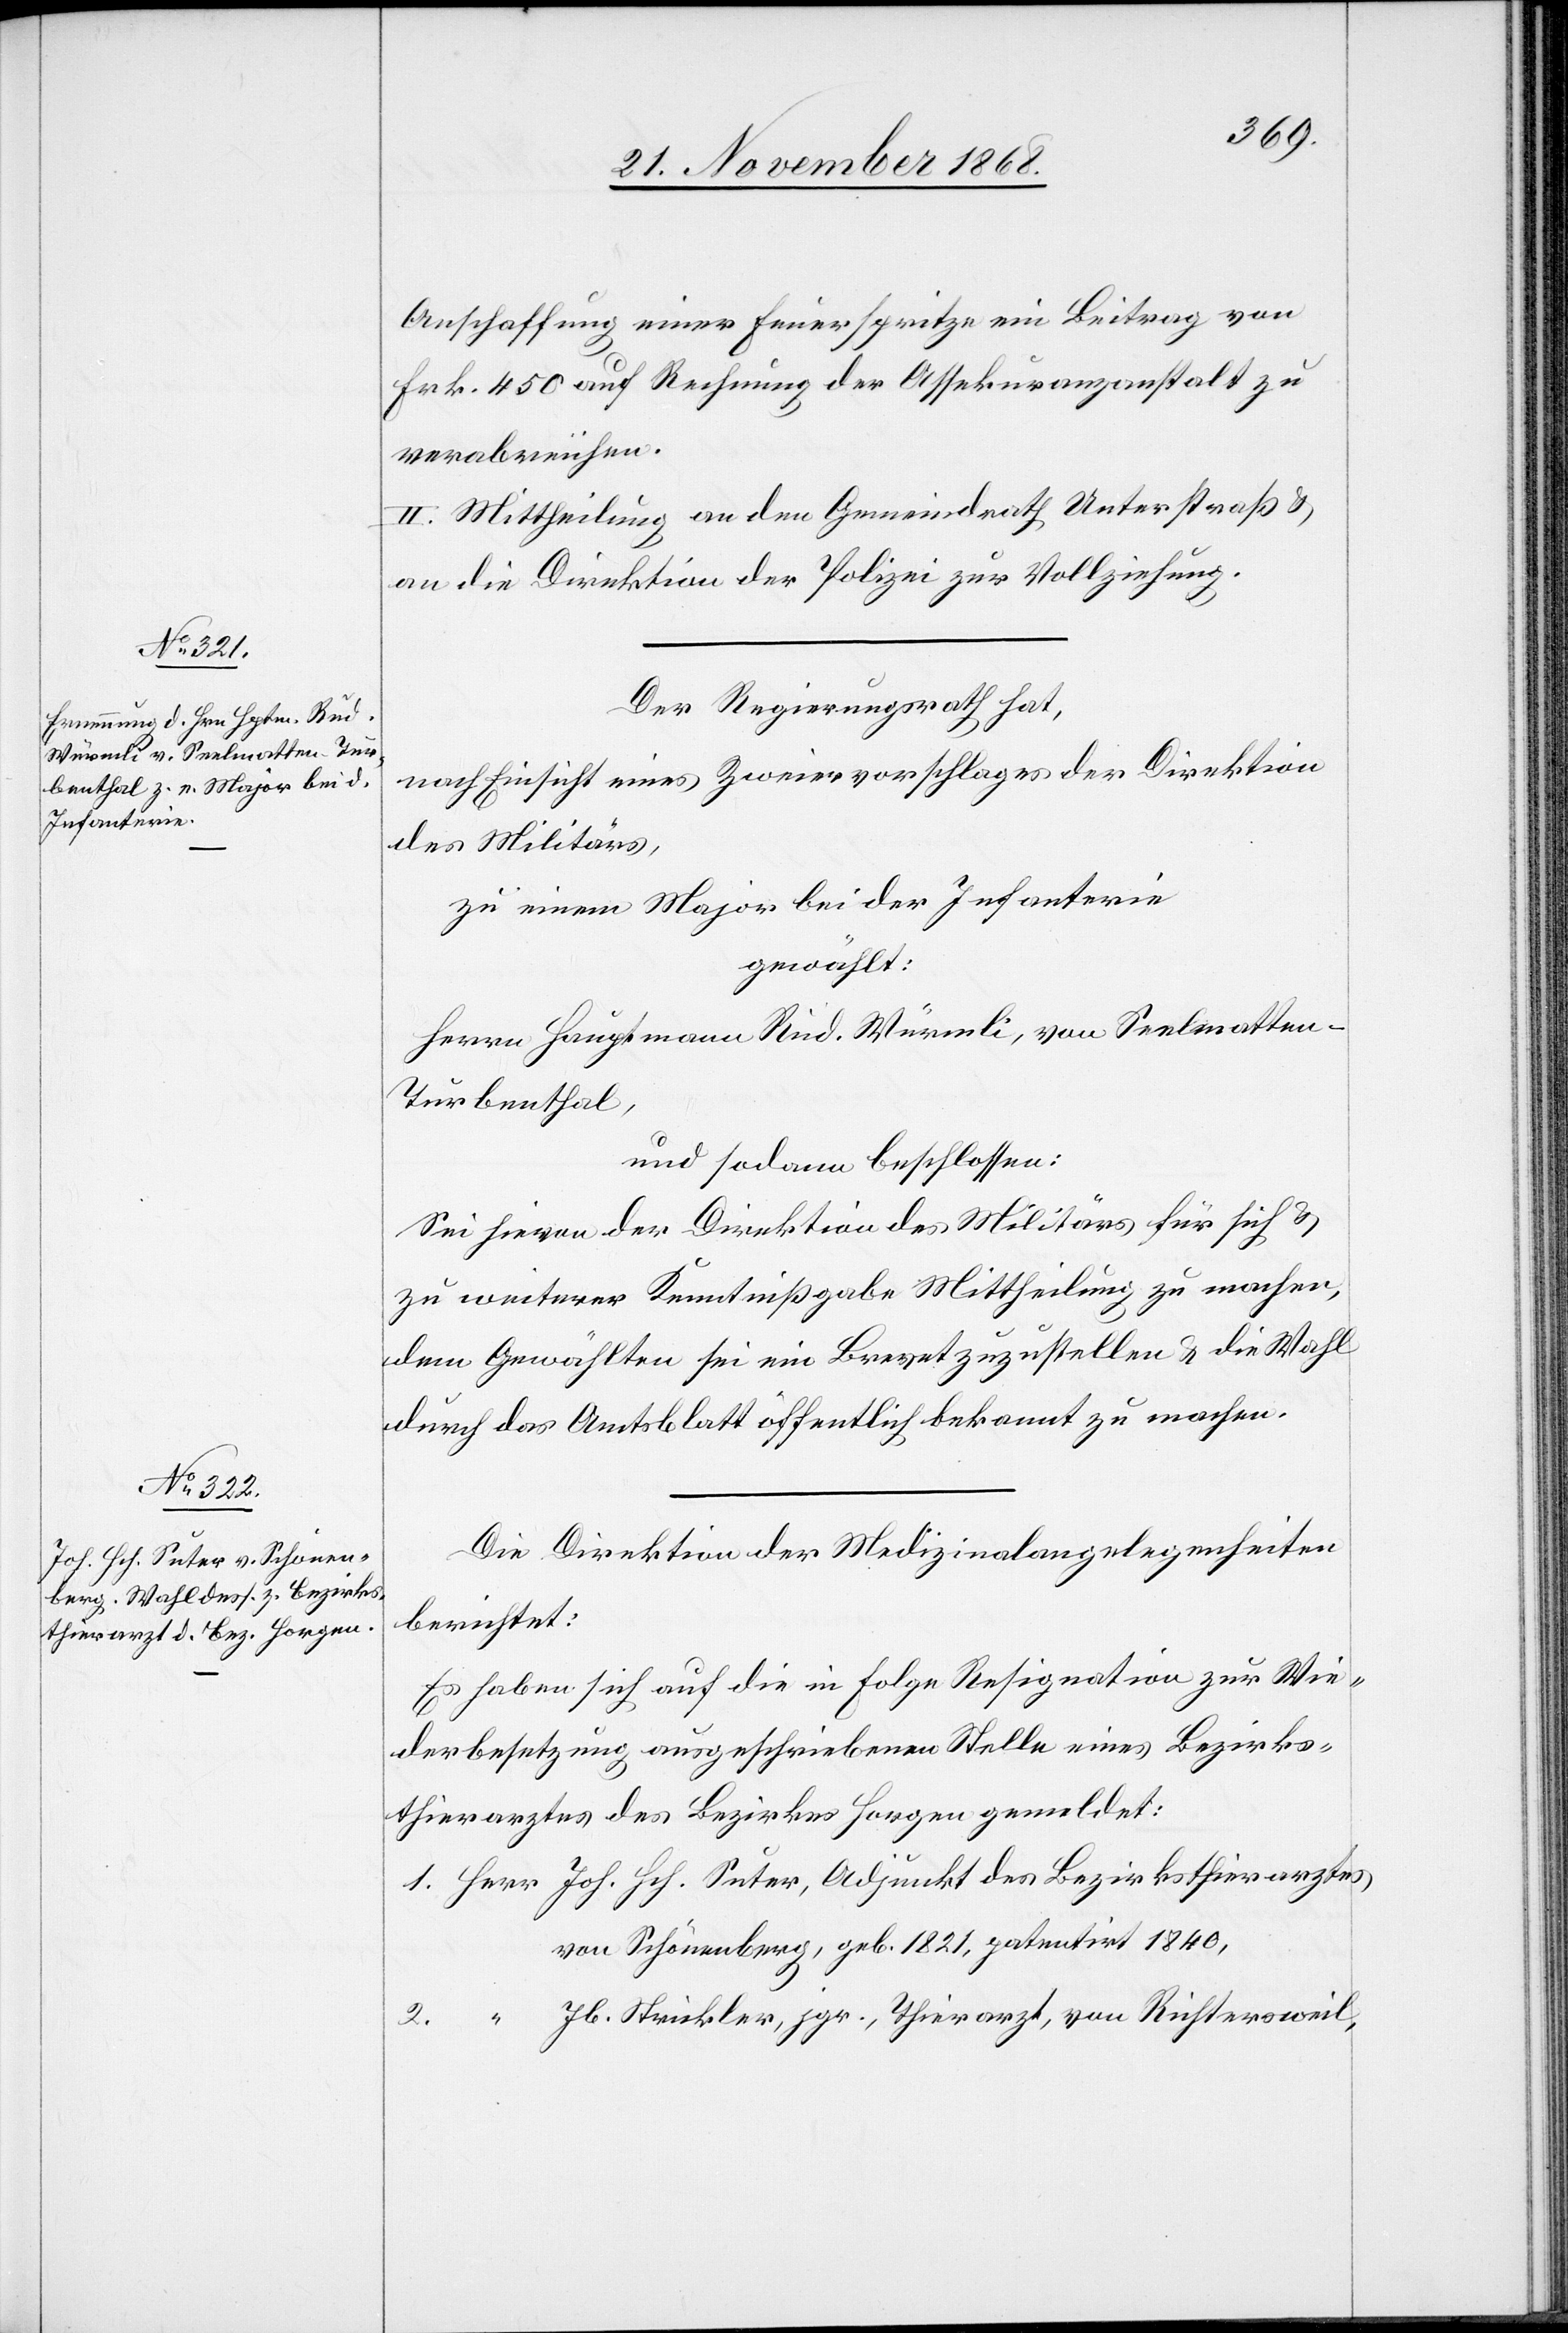
Anschaffung einer Feuerspritze ein Beitrag von
Frk. 450 auf Rechnung der Assekuranzanstalt zu
verabreichen.
2] Mittheilung an den Gemeindrath Unterstraß &
an die Direktion der Polizei zur Vollziehung.
Der Regierungsrath hat,
nach Einsicht eines Zweiervorschlages der Direktion
des Militärs,
zu einem Major bei der Infanterie
gewählt:
Herrn Hauptmann Rud. Würmli, von Seelmatten
Turbenthal,
und sodann beschlossen:
Sei hievon der Direktion des Militärs für sich &
zu weiterer Kenntnißgabe Mittheilung zu machen,
dem Gewählten sei ein Brevet zuzustellen & die Wahl
durch das Amtsblatt öffentlich bekannt zu machen.
Die Direktion der Medizinalangelegenheiten
berichtet:
Es haben sich auf die in Folge Resignation zur Wie¬
derbesetzung ausgeschriebenen Stelle eines Bezirks¬
thierarztes des Bezirkes Horgen gemeldet:
von Schönenberg, geb. 1821, patentirt 1840,
Jb. Strickler, jgr., Thierarzt, von Richtersweil,